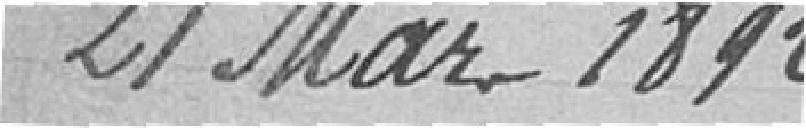
21 mars 1892